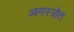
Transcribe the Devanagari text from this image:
आयस्त्रोत